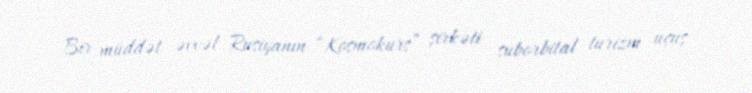
Bir müddət əvvəl Rusiyanın “Kosmokurs” şirkəti suborbital turizm uçuş